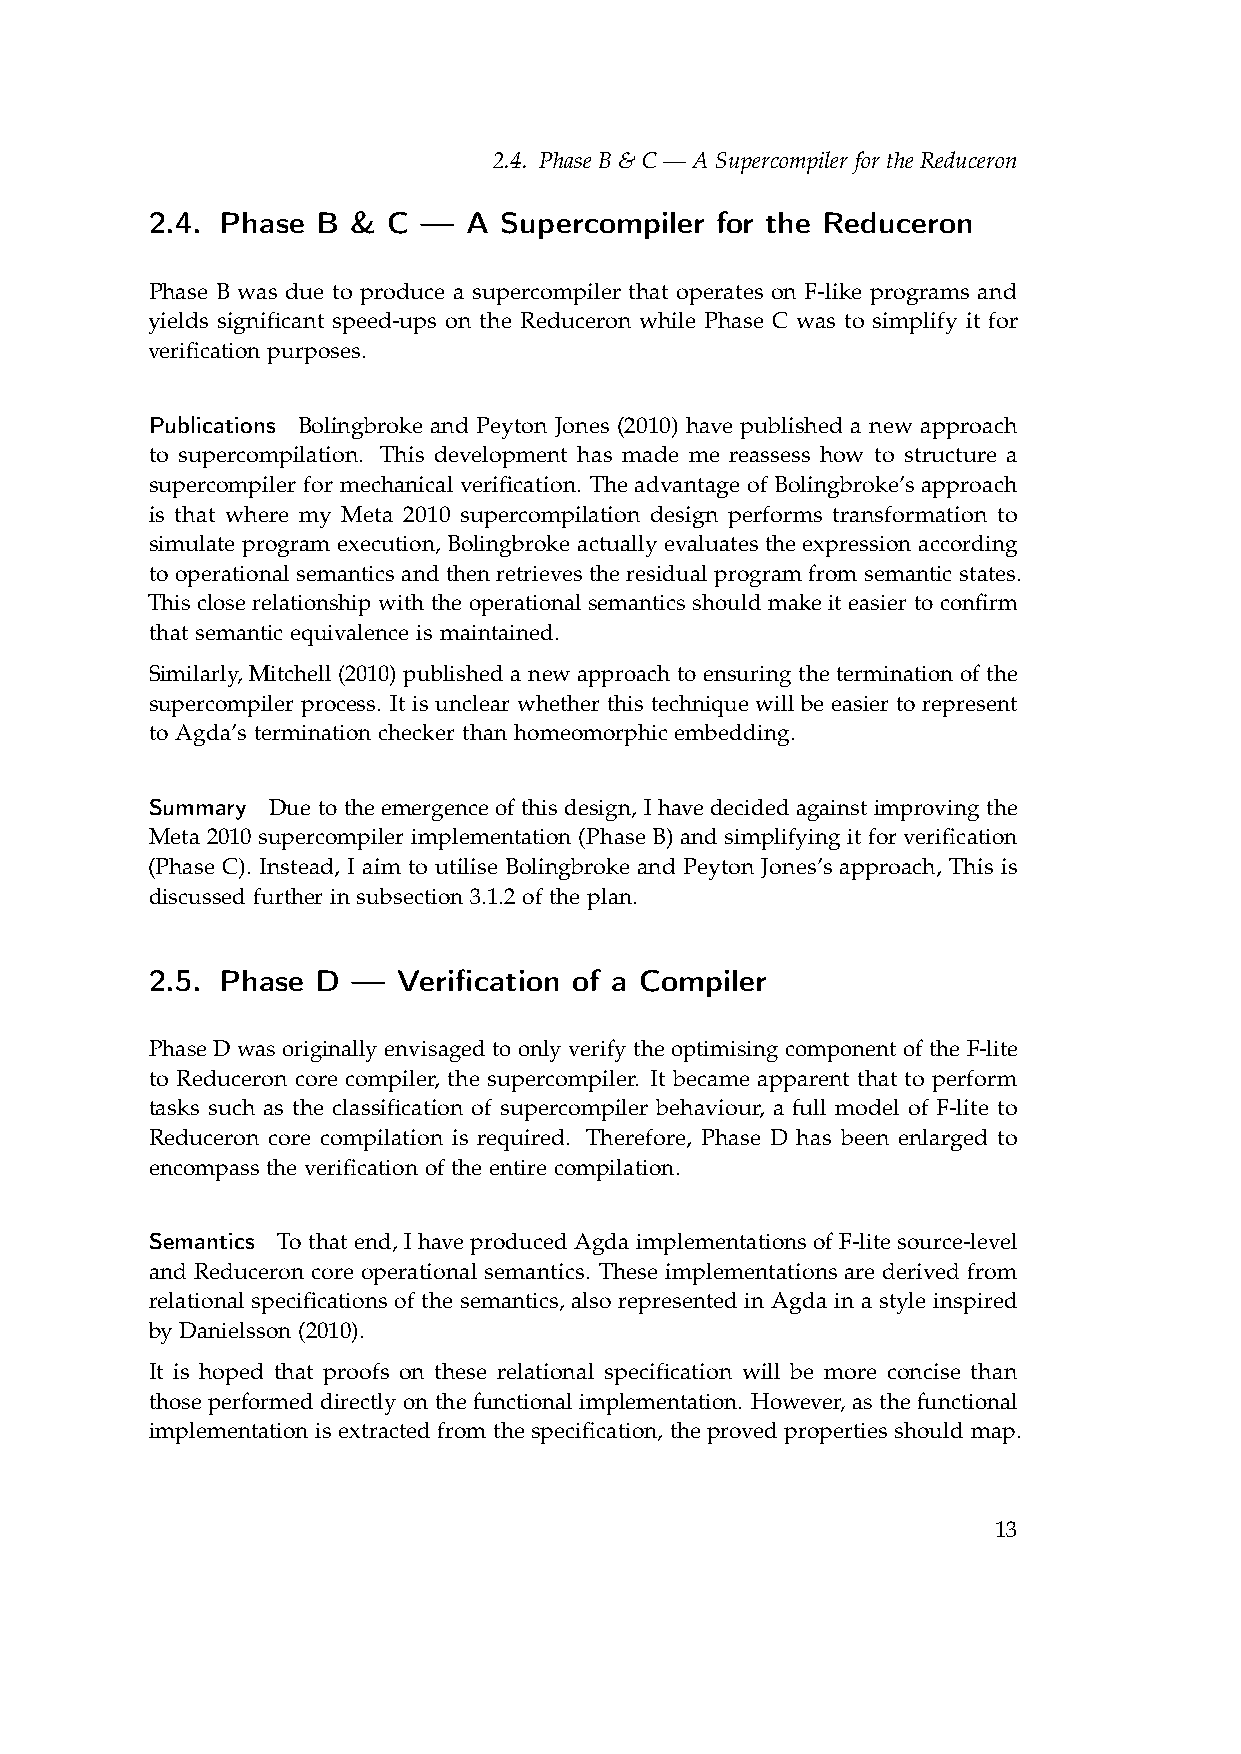
2.4. Phase B & C — A Supercompiler for the Reduceron
 2.4. Phase B &  C —  A Supercompiler for the Reduceron
 Phase B was due to produce a supercompiler that operates on F-like programs and
 yields significant speed-ups on the Reduceron while Phase C was to simplify it for
 verification purposes.
 Publications Bolingbroke and Peyton Jones (2010) have published a new approach
 to supercompilation. This development has made me reassess how to structure a
 supercompiler for mechanical verification. The advantage of Bolingbroke’s approach
 is that where my Meta 2010 supercompilation design performs transformation to
 simulate program execution, Bolingbroke actually evaluates the expression according
 to operational semantics and then retrieves the residual program from semantic states.
 This close relationship with the operational semantics should make it easier to confirm
 that semantic equivalence is maintained.
 Similarly, Mitchell (2010) published a new approach to ensuring the termination of the
 supercompiler process. It is unclear whether this technique will be easier to represent
 to Agda’s termination checker than homeomorphic embedding.
 Summary Due to the emergence of this design, I have decided against improving the
 Meta 2010 supercompiler implementation (Phase B) and simplifying it for verification
 (Phase C). Instead, I aim to utilise Bolingbroke and Peyton Jones’s approach, This is
 discussed further in subsection 3.1.2 of the plan.
 2.5. Phase D —  Verification of a Compiler
 Phase D was originally envisaged to only verify the optimising component of the F-lite
 to Reduceron core compiler, the supercompiler. It became apparent that to perform
 tasks such as the classification of supercompiler behaviour, a full model of F-lite to
 Reduceron core compilation is required. Therefore, Phase D has been enlarged to
 encompass the verification of the entire compilation.
 Semantics To that end, I have produced Agda implementations of F-lite source-level
 and Reduceron core operational semantics. These implementations are derived from
 relational specifications of the semantics, also represented in Agda in a style inspired
 by Danielsson (2010).
 It is hoped that proofs on these relational specification will be more concise than
 those performed directly on the functional implementation. However, as the functional
 implementation is extracted from the specification, the proved properties should map.
 13